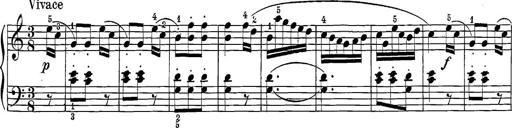
Title: 12 Sonatine per Pianoforte
Composer: Friedrich Kuhlau